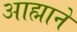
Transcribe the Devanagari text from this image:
आह्माने